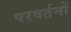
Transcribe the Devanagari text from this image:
परवर्तनों